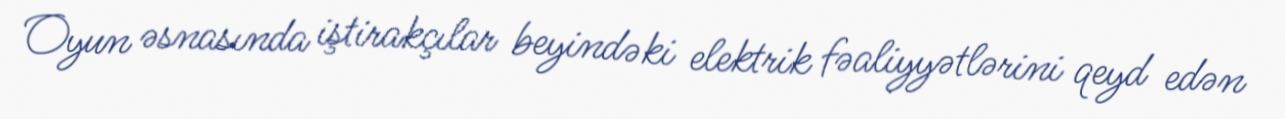
Oyun əsnasında iştirakçılar beyindəki elektrik fəaliyyətlərini qeyd edən